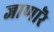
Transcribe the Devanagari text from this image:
जाणारॆ